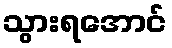
သွားရအောင်